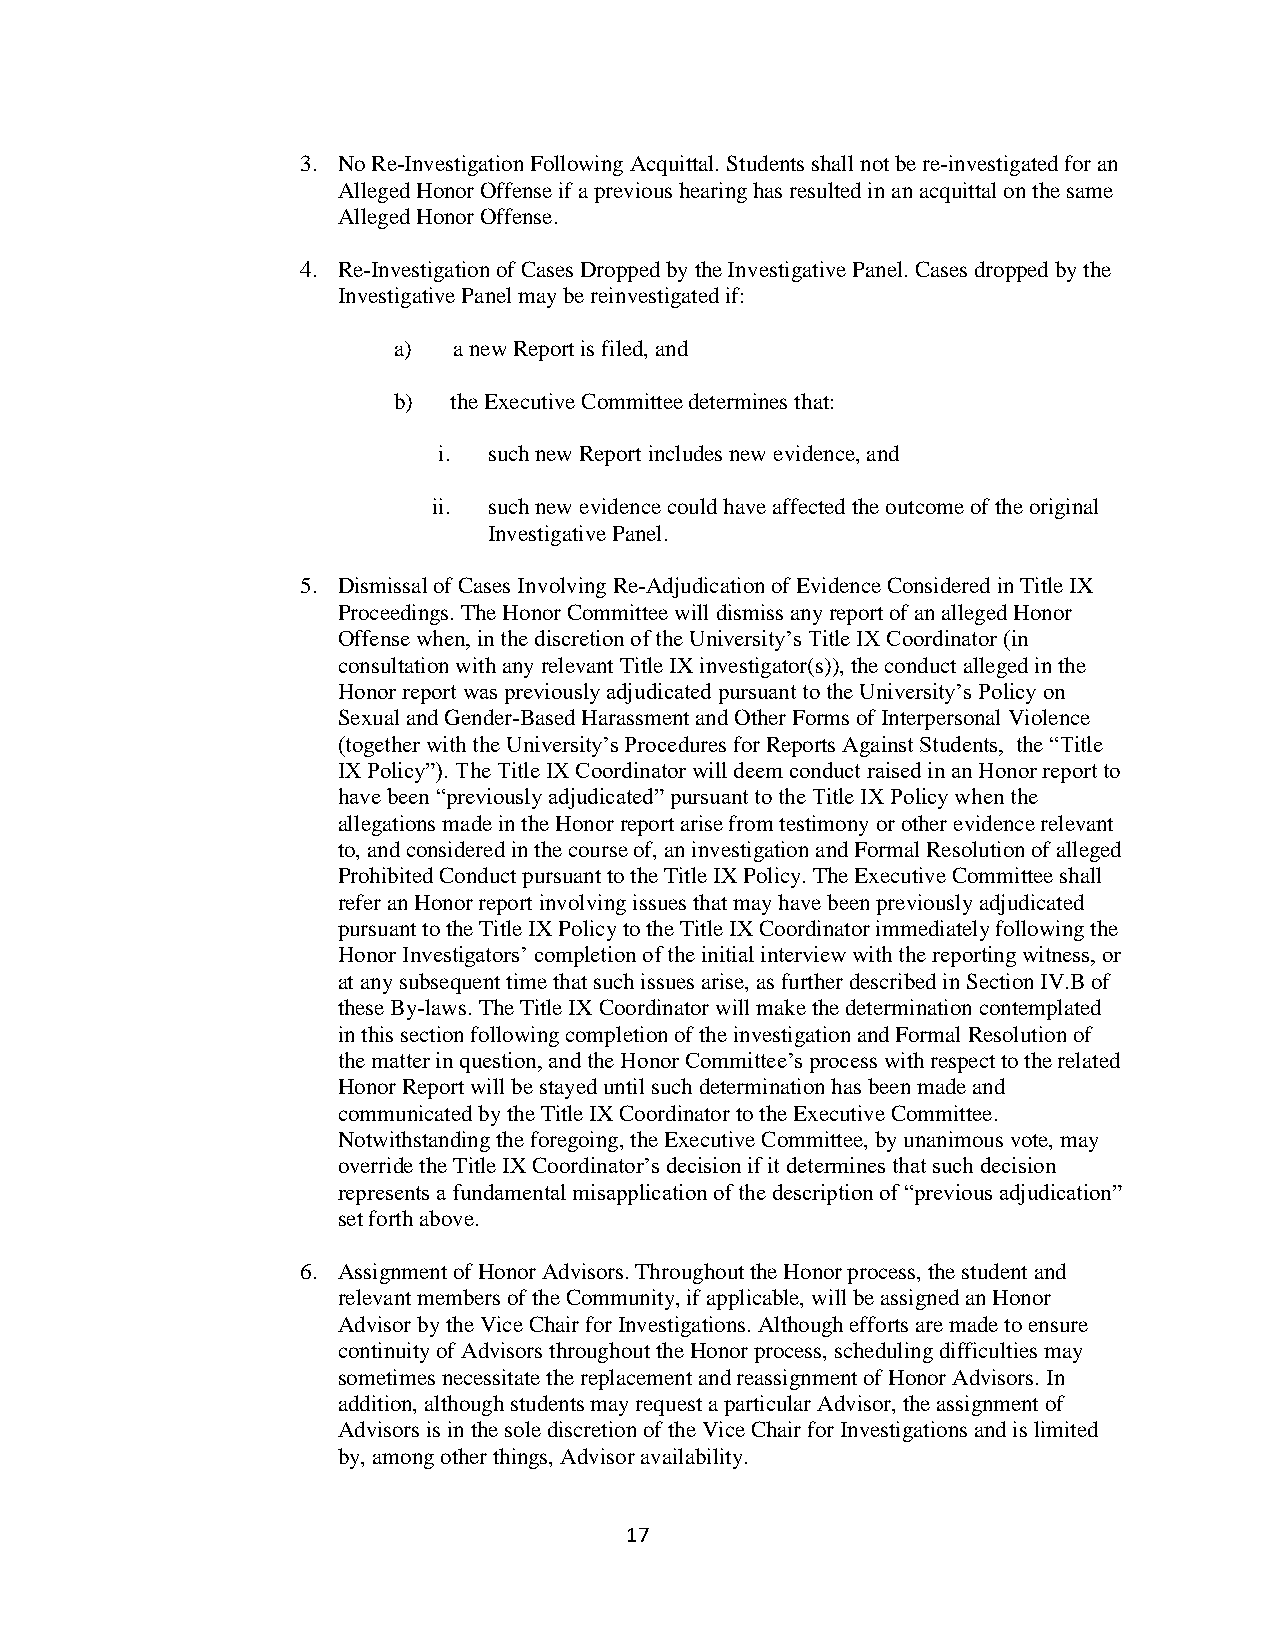
3. No Re-Investigation Following Acquittal. Students shall not be re-investigated for an
 Alleged Honor Offense if a previous hearing has resulted in an acquittal on the same
 Alleged Honor Offense.
 4. Re-Investigation of Cases Dropped by the Investigative Panel. Cases dropped by the
 Investigative Panel may be reinvestigated if:
 a)  a new Report is filed, and
 b)  the Executive Committee determines that:
 i. such new Report includes new evidence, and
 ii. such new evidence could have affected the outcome of the original
 Investigative Panel.
 5. Dismissal of Cases Involving Re-Adjudication of Evidence Considered in Title IX
 Proceedings. The Honor Committee will dismiss any report of an alleged Honor
 Offense when, in the discretion of the University’s Title IX Coordinator (in
 consultation with any relevant Title IX investigator(s)), the conduct alleged in the
 Honor report was previously adjudicated pursuant to the University’s Policy on
 Sexual and Gender-Based Harassment and Other Forms of Interpersonal Violence
 (together with the University’s Procedures for Reports Against Students, the “Title
 IX Policy”). The Title IX Coordinator will deem conduct raised in an Honor report to
 have been “previously adjudicated” pursuant to the Title IX Policy when the
 allegations made in the Honor report arise from testimony or other evidence relevant
 to, and considered in the course of, an investigation and Formal Resolution of alleged
 Prohibited Conduct pursuant to the Title IX Policy. The Executive Committee shall
 refer an Honor report involving issues that may have been previously adjudicated
 pursuant to the Title IX Policy to the Title IX Coordinator immediately following the
 Honor Investigators’ completion of the initial interview with the reporting witness, or
 at any subsequent time that such issues arise, as further described in Section IV.B of
 these By-laws. The Title IX Coordinator will make the determination contemplated
 in this section following completion of the investigation and Formal Resolution of
 the matter in question, and the Honor Committee’s process with respect to the related
 Honor Report will be stayed until such determination has been made and
 communicated by the Title IX Coordinator to the Executive Committee.
 Notwithstanding the foregoing, the Executive Committee, by unanimous vote, may
 override the Title IX Coordinator’s decision if it determines that such decision
 represents a fundamental misapplication of the description of “previous adjudication”
 set forth above.
 6. Assignment of Honor Advisors. Throughout the Honor process, the student and
 relevant members of the Community, if applicable, will be assigned an Honor
 Advisor by the Vice Chair for Investigations. Although efforts are made to ensure
 continuity of Advisors throughout the Honor process, scheduling difficulties may
 sometimes necessitate the replacement and reassignment of Honor Advisors. In
 addition, although students may request a particular Advisor, the assignment of
 Advisors is in the sole discretion of the Vice Chair for Investigations and is limited
 by, among other things, Advisor availability.
 17